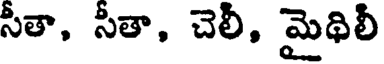
సీతా, సీతా, చెలీ, మైథిలీ